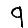
Digit: 9